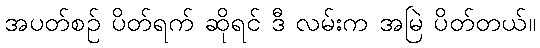
အပတ်စဉ် ပိတ်ရက် ဆိုရင် ဒီ လမ်းက အမြဲ ပိတ်တယ်။